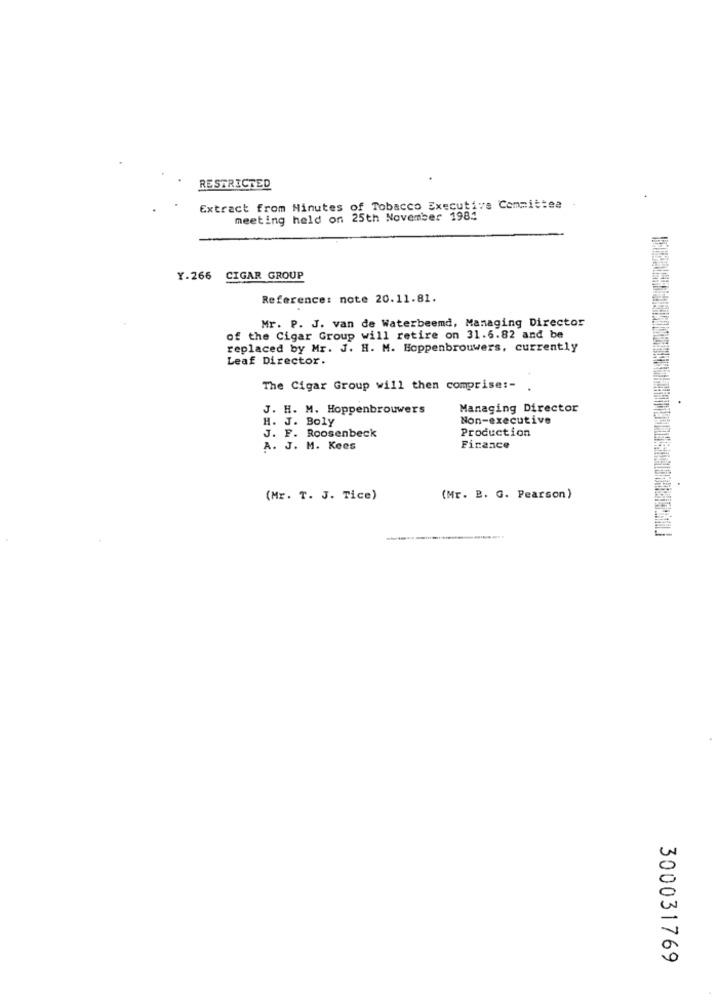
RESTRICTED
Extract from Minutes of Tobacco Executive Committee
meeting held on 25th November 1984
Y.266 CIGAR GROUP
Reference: note 20.11.81.
Mr. P. J. van de Waterbeemd, Managing Director
of the Cigar Group will retire on 31.6.82 and be
replaced by Mr. J. H. M. Hoppenbrouwers, currently
Leaf Director.
The Cigar Group will then comprise :- .
J. H. M. Hoppenbrouwers
Managing Director
H. J. Boly
Non-executive
Production
J. F. Roosenbeck
A. J. M. Kees
Finance
(Mr. T. J. Tice)
(Mr. B. G. Pearson)
300031769